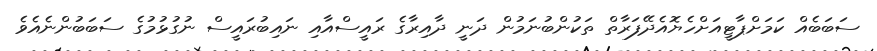
ސަބަބެއް ކަމަށްޕާޓީއަށްހެޔޮއެދޭފަރާތް ތަކުންބުނަމުން ދަނީ ދާއިރާގެ ރައީސްއާއި ނައިބުރައީސް ނުގުޅުމުގެ ސަބަބުންނެއެވެ